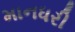
માનધરી